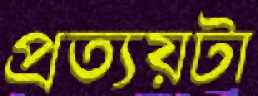
প্রত্যয়টা